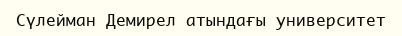
Сүлейман Демирел атындағы университет